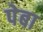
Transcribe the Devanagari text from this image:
पेबा